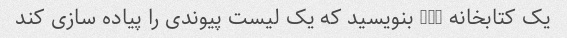
یک کتابخانه ++C بنویسید که یک لیست پیوندی را پیاده سازی کند